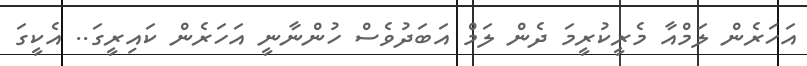
އަހަރެން ލަމްއާ މެރީކުރީމަ ދެން ލަމް އަބަދުވެސް ހުންނާނީ އަހަރެން ކައިރީގަ.. އެކީގަ